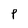
Character: P